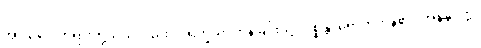
အာသဝေါတရားတို့သည်လည်း။ ပရိက္ခယံ၊ ကုန်ခြင်းသို့။ ဂစ္ဆန္တိ၊ ရောက်ကုန်၏။ အနနုပ္ပတ္တံ၊